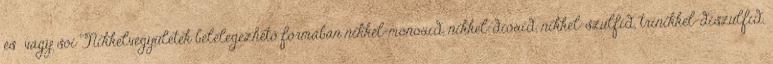
és vagy sói Nikkelvegyületek belélegezhető formában nikkel-monoxid, nikkel-dioxid, nikkel-szulfid, trinikkel-diszulfid,